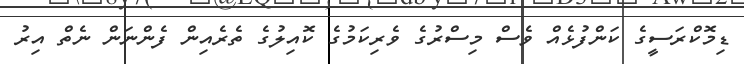
ޑިމޮކްރަސީގެ ކަންފުޅެއް ވެސް މިސްރުގެ ވެރިކަމުގެ ކޮއިލުގެ ތެރެއިން ފެންނަން ނެތް އިރު